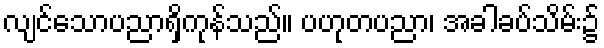
လျင်သောပညာရှိကုန်သည်။ ပဟုတပညာ၊ အခါခပ်သိမ်း၌